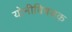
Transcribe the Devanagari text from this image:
योनीविषयक